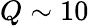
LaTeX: Q\sim 10